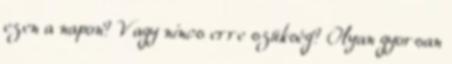
ezen a napon? Vagy nincs erre szükség? Olyan gyorsan